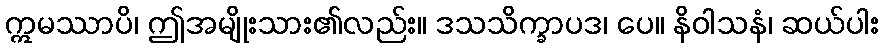
ဣမဿာပိ၊ ဤအမျိုးသား၏လည်း။ ဒသသိက္ခာပဒ၊ ပေ။ နိဝါသနံ၊ ဆယ်ပါး